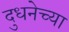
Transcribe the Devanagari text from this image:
दुधनेच्या